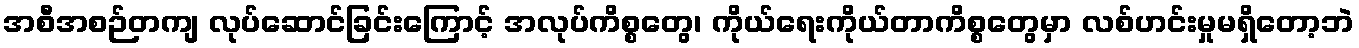
အစီအစဉ်တကျ လုပ်ဆောင်ခြင်းကြောင့် အလုပ်ကိစ္စတွေ၊ ကိုယ်ရေးကိုယ်တာကိစ္စတွေမှာ လစ်ဟင်းမှုမရှိတော့ဘဲ